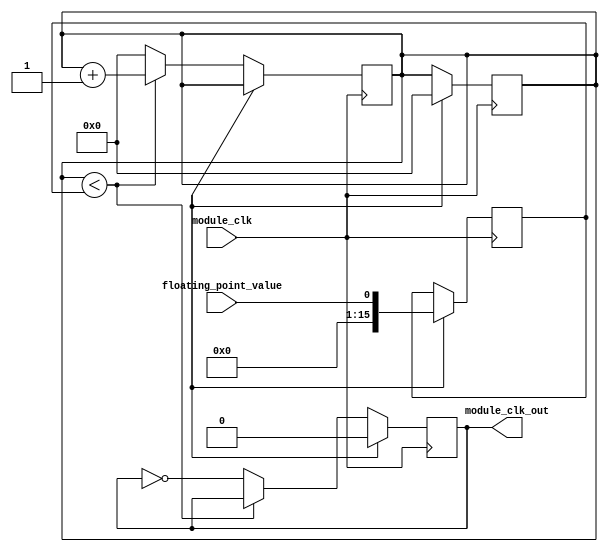
module floating_point_clock_divider (
    input module_clk,
    input floating_point_value,
    output module_clk_out
);

reg [15:0] counter;
reg [15:0] divider;
reg [15:0] value;
reg clock_has_ticked;

always @(posedge module_clk) begin
    if (reset) begin
        counter <= 16'h0;
        divider <= 16'h0;
        value <= floating_point_value;
        clock_has_ticked <= 1'b0;
    end
    else begin
        counter <= counter + 1;
        if (counter == 16'hFFFF) begin
            counter <= 16'h0;
            clock_has_ticked <= 1'b1;
        end
        else begin
            clock_has_ticked <= 1'b0;
        end
    end
end

always @(posedge module_clk) begin
    if (reset) begin
        module_clk_out <= 1'b0;
    end
    else begin
        if (divider < value) begin
            divider <= divider + 1;
        end
        else begin
            divider <= 16'h0;
            module_clk_out <= ~module_clk_out;
        end
    end
end

endmodule